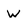
Character: W